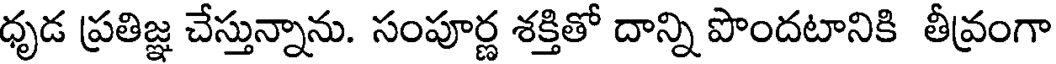
ధృడ ప్రతిజ్ఞ చేస్తున్నాను. సంపూర్ణ శక్తితో దాన్ని పొందటానికి తీవ్రంగా